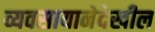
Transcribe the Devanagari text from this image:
व्यवसायानेदेखील